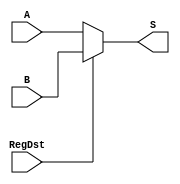
module MUX5(
    A,B,RegDst,S
    );
    input [4:0] A,B;
    input RegDst;
    output [4:0] S;
    assign S = (RegDst==0) ? A:B;
endmodule